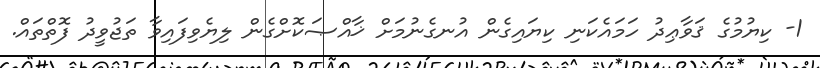
1- ކިޔުމުގެ ޤަވާޢިދު ހަމައެކަނި ކިޔައިގެން އުނގެނުމަށް ޚާއްޞަކޮށްގެން ލިޔެވިފައިވާ ތަޖުވީދު ފޮތްތައް.